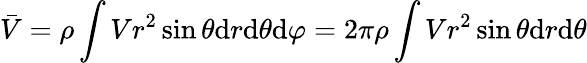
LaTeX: \bar{V}=\rho\int Vr^{2}\sin\theta\mathrm{d}r\mathrm{d}\theta\mathrm{d}\varphi=2\pi\rho\int Vr^{2}\sin\theta\mathrm{d}r\mathrm{d}\theta